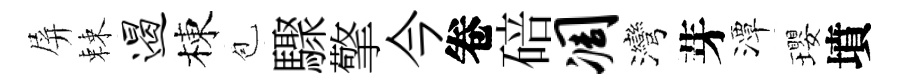
屏棘遏棟苞驟擎今卷碚凋灣芽潭瓔墳